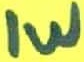
Text: 1w